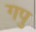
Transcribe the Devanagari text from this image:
गपु